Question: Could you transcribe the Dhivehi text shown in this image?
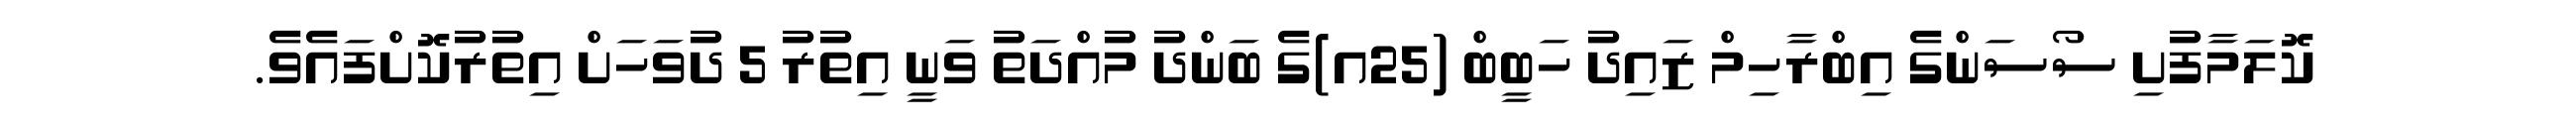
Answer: ކޮލަމާފުށި ސޯސަންގެ އިބްރާހިމް ޒައިދު ހަބީބް (25އ)ގެ ބަންދު މުއްދަތު ވަނީ އިތުރު 5 ދުވަހަށް އިތުރުކޮށްފައެވެ.